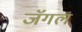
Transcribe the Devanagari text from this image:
जॅगल